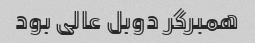
همبرگر دوبل عالی بود